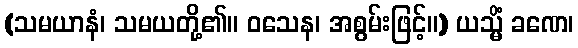
(သမယာနံ၊ သမယတို့၏။ ဝသေန၊ အစွမ်းဖြင့်။) ယသ္မိံ ခဏေ၊